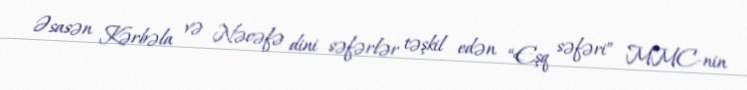
Əsasən Kərbəla və Nəcəfə dini səfərlər təşkil edən “Eşq səfəri” MMC-nin